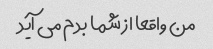
من واقعا از شما بدم می آید